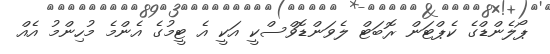
ޕޯލެންޑްގެ ކެޕްޓަން ރޮބަޓް ލެވަންޑޮވްސްކީ އަކީ އެ ޓީމުގެ އެންމެ މުހިންމު އެއް